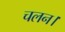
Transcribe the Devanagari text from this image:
चलन।